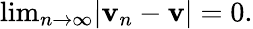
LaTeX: {\mathrm{lim}}_{n\rightarrow\infty}|\mathbf{v}_{n}-\mathbf{v}|=0.